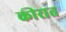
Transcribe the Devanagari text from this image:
कीरात